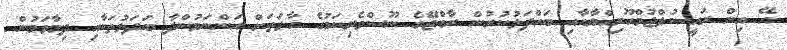
އޭ އިން ރައީސުލްޖުމްހޫރިއްޔާއާއި ބައްދަލުކުރުން ރާއްޖޭގެ ނޫސްވެރިކަމުގެ ހާލަތަށް އަންނަމުންދާ ބަދަލުތަކާއި ދިމާވަމުން